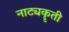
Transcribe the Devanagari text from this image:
नाट्यकॄती